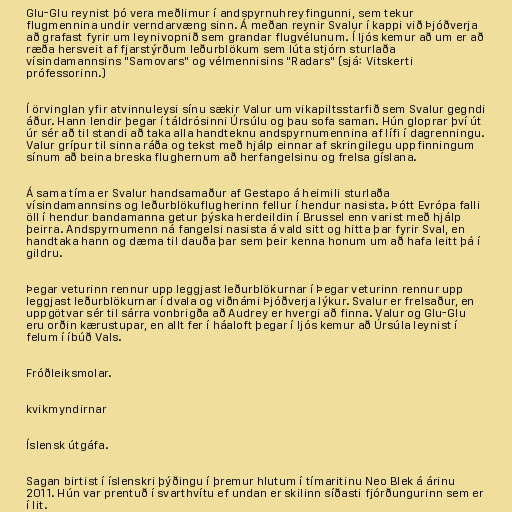
Glu-Glu reynist þó vera meðlimur í andspyrnuhreyfingunni, sem tekur
flugmennina undir verndarvæng sinn. Á meðan reynir Svalur í kappi við Þjóðverja
að grafast fyrir um leynivopnið sem grandar flugvélunum. Í ljós kemur að um er að
ræða hersveit af fjarstýrðum leðurblökum sem lúta stjórn sturlaða
vísindamannsins "Samovars" og vélmennisins "Radars" (sjá: Vitskerti
prófessorinn.)

Í örvinglan yfir atvinnuleysi sínu sækir Valur um vikapiltsstarfið sem Svalur gegndi
áður. Hann lendir þegar í táldrósinni Úrsúlu og þau sofa saman. Hún gloprar því út
úr sér að til standi að taka alla handteknu andspyrnumennina af lífi í dagrenningu.
Valur grípur til sinna ráða og tekst með hjálp einnar af skringilegu uppfinningum
sínum að beina breska flughernum að herfangelsinu og frelsa gíslana.

Á sama tíma er Svalur handsamaður af Gestapo á heimili sturlaða
vísindamannsins og leðurblökuflugherinn fellur í hendur nasista. Þótt Evrópa falli
öll í hendur bandamanna getur þýska herdeildin í Brussel enn varist með hjálp
þeirra. Andspyrnumenn ná fangelsi nasista á vald sitt og hitta þar fyrir Sval, en
handtaka hann og dæma til dauða þar sem þeir kenna honum um að hafa leitt þá í
gildru.

Þegar veturinn rennur upp leggjast leðurblökurnar í Þegar veturinn rennur upp
leggjast leðurblökurnar í dvala og viðnámi Þjóðverja lýkur. Svalur er frelsaður, en
uppgötvar sér til sárra vonbrigða að Audrey er hvergi að finna. Valur og Glu-Glu
eru orðin kærustupar, en allt fer í háaloft þegar í ljós kemur að Úrsúla leynist í
felum í íbúð Vals.

Fróðleiksmolar.

kvikmyndirnar

Íslensk útgáfa.

Sagan birtist í íslenskri þýðingu í þremur hlutum í tímaritinu Neo Blek á árinu
2011. Hún var prentuð í svarthvítu ef undan er skilinn síðasti fjórðungurinn sem er
í lit.